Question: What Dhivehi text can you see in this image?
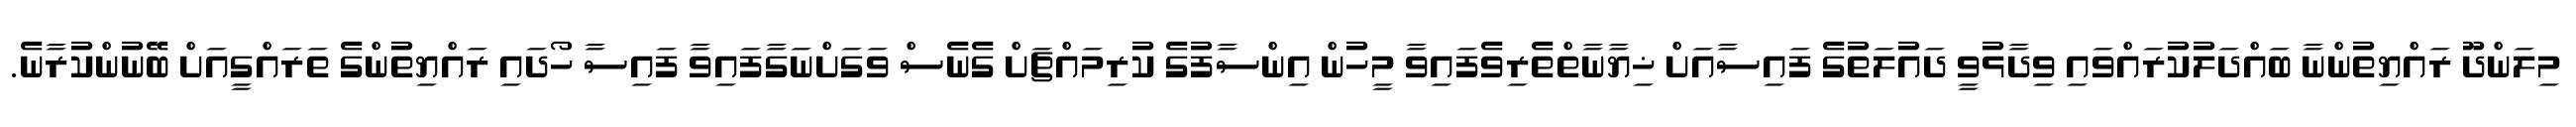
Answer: މިލަންދޫ ރައްޔިތުންނާ ބައްދަލުކުރައްވައި ވިދާޅުވީ ދައުލަތުގެ ފައިސާއަށް ޚިޔާނާތްތެރިވެފައިވާ މީހުން އިންސާފުގެ ކުރިމައްޗަށް ގެނެސް ވަގަށްނަގާފައިވާ ފައިސާ ހޯދައި ރައްޔިތުންގެ ތަރައްގީއަށް ބޭނުންކުރާނެ.